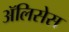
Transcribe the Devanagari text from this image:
ॲलिसेस